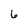
Character: 6